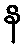
န